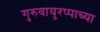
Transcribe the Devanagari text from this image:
गुरुवायुरप्पाच्या